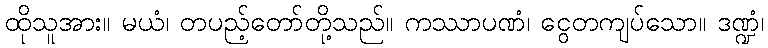
ထိုသူအား။ မယံ၊ တပည့်တော်တို့သည်။ ကဿာပဏံ၊ ငွေတကျပ်သော။ ဒဏ္ဍံ၊